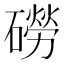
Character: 磱